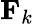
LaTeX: \mathbf{F}_{k}